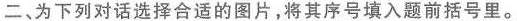
二、为下列对话选择合适的图片,将其序号填入题前括号里。